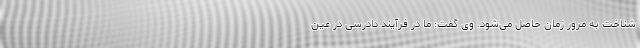
شناخت به مرور زمان حاصل می‌شود. وی گفت: ما در فرآیند دادرسی در عین